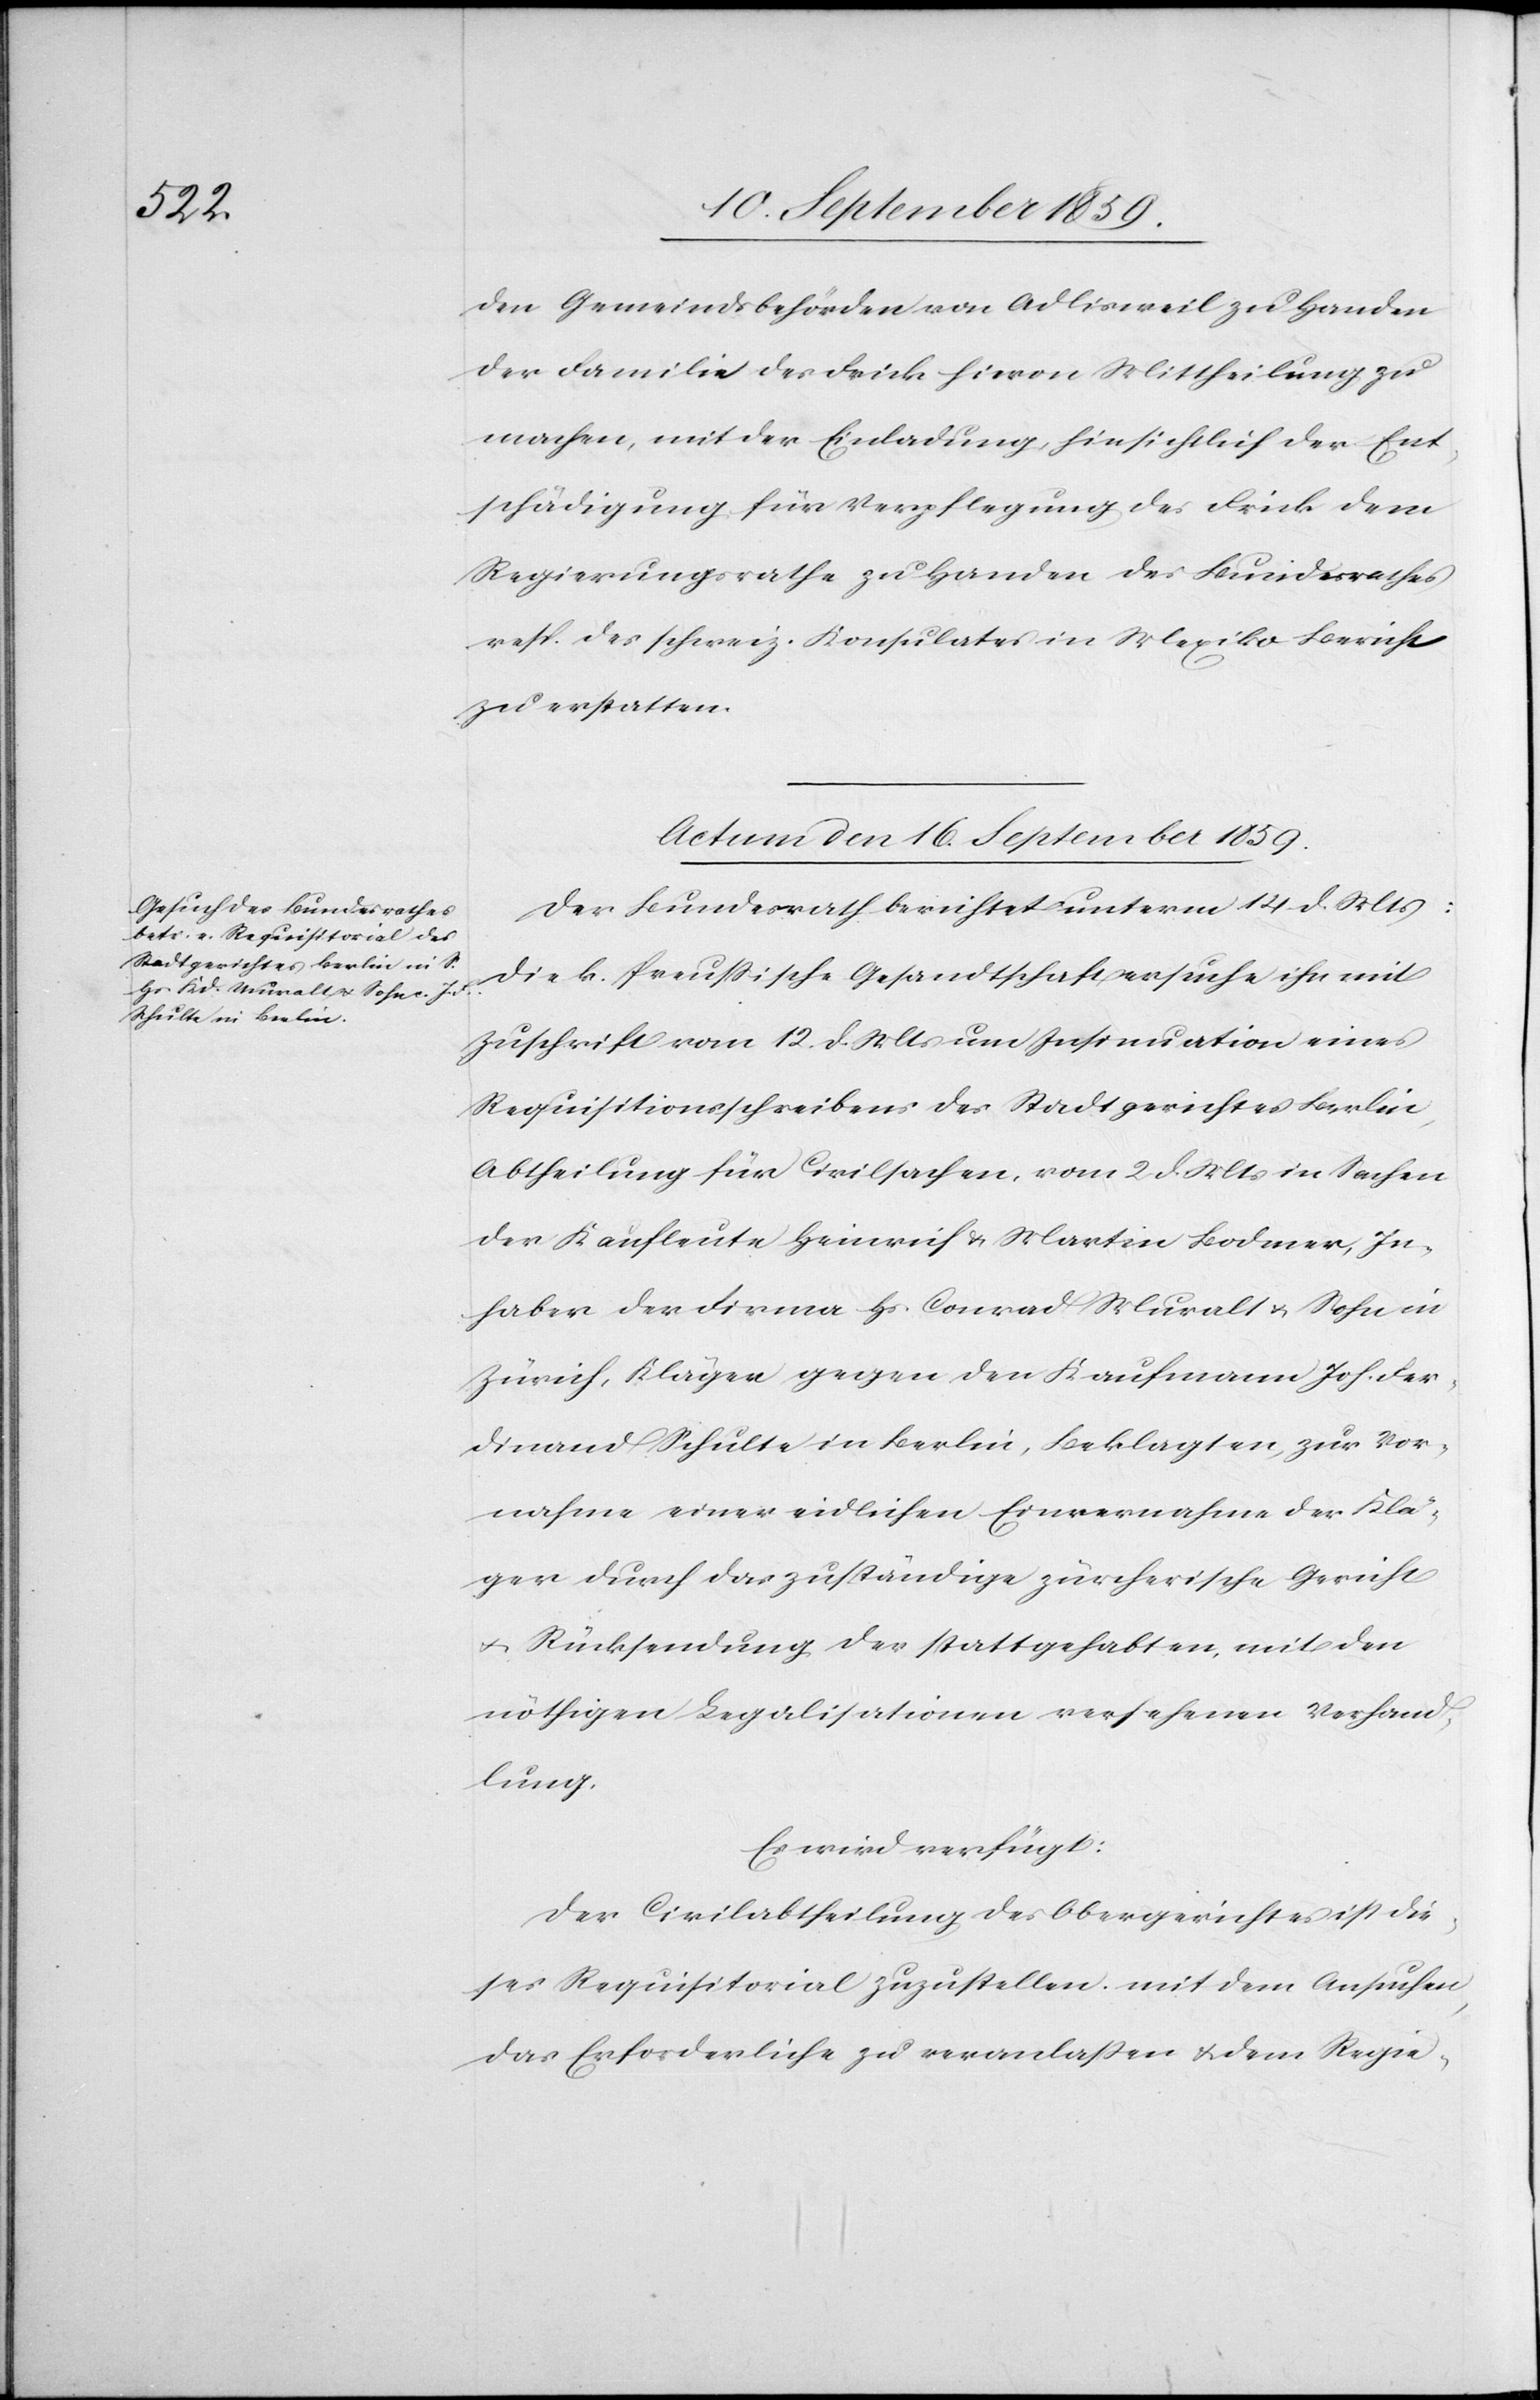
den Gemeindsbehörden von Adlisweil zu Handen
der Familie des Frick hievon Mittheilung zu
machen, mit der Einladung hinsichtlich der Ent¬
schädigung für Verpflegung des Frick dem
Regierungsrathe zu Handen des Bundesrathes
resp. des schweiz. Konsulates in Mexiko Bericht
zu erstatten.
Actum den 16. September 1859.
Der Bundesrath berichtet unterm 14. d. Mts.:
Die k. Preussische Gesandtschaft ersuche ihn mit
Zuschrift vom 12. d. Mts. um Insinuation eines
Requisitionsschreibens des Stadtgerichtes Berlin,
Abtheilung für Civilsachen, vom 2. d. Mts. in Sachen
der Kaufleute Heinrich & Martin Bodmer, In¬
haber der Firma Hs. Conrad Muralt & Sohn in
Zürich, Kläger gegen den Kaufmann Joh. Fer¬
dinand Schulte in Berlin, Beklagten, zur Vor¬
nahme einer eidlichen Einvernahme der Klä¬
ger durch das zuständige zürcherische Gericht
& Rücksendung der stattgehabten, mit den
nöthigen Legalisationen versehenen Verhand¬
lung,
Es wird verfügt:
Der Civilabtheilung des Obergerichtes ist die¬
ses Requisitorial zuzustellen mit dem Ansuchen,
das Erforderliche zu veranlaßen & dem Regie-